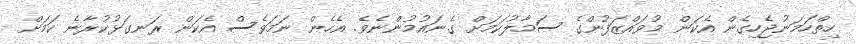
ހިތްހަމަނުޖެހިގެން އެކަން މުވައްޒަފުންގެ ސަމާލުކަމަށް ގެނައުމުންނެވެ. އެހެން ނަމަވެސް އެކަން ރަނގަޅުކުރާނެ ކަމަށް